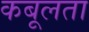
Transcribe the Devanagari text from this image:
कबूलता